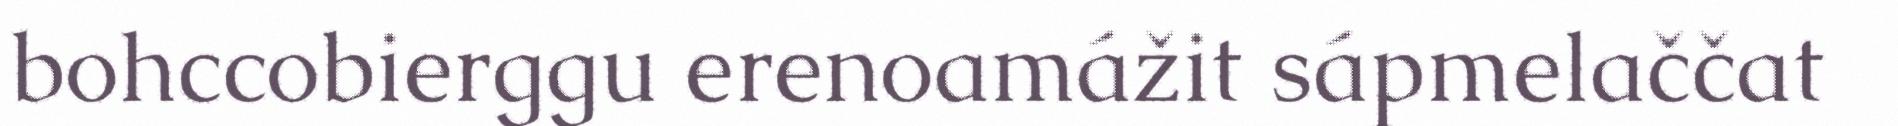
bohccobierggu erenoamážit sápmelaččat